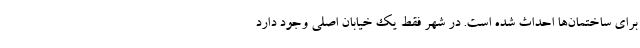
برای ساختمان‌ها احداث شده است. در شهر فقط یک خیابان اصلی وجود دارد